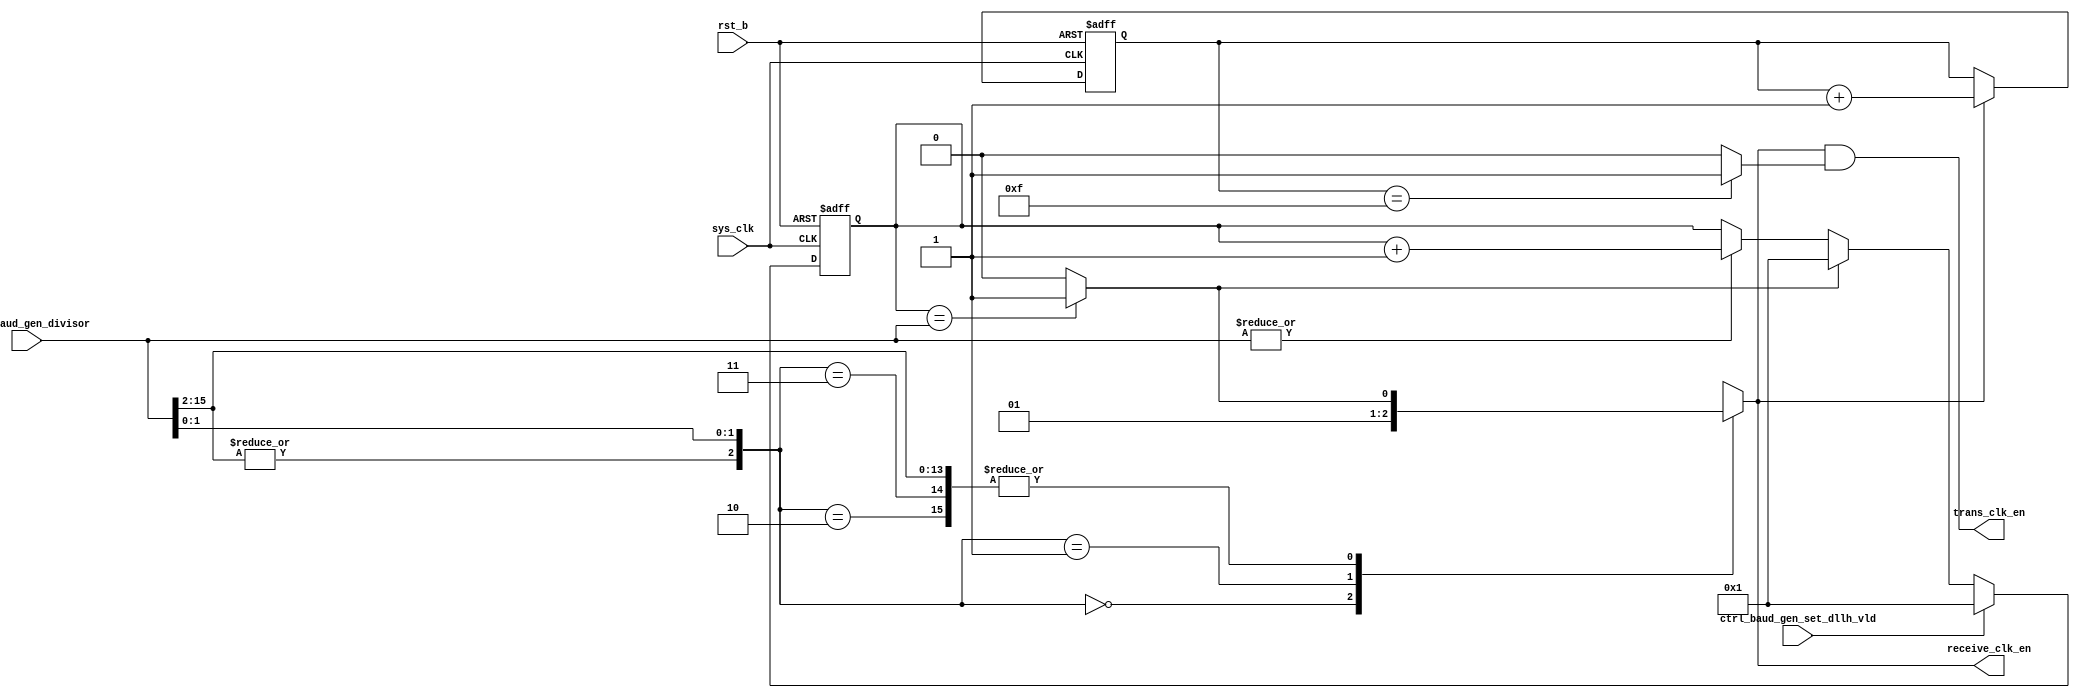
/*Copyright 2020-2021 T-Head Semiconductor Co., Ltd.

Licensed under the Apache License, Version 2.0 (the "License");
you may not use this file except in compliance with the License.
You may obtain a copy of the License at

    http://www.apache.org/licenses/LICENSE-2.0

Unless required by applicable law or agreed to in writing, software
distributed under the License is distributed on an "AS IS" BASIS,
WITHOUT WARRANTIES OR CONDITIONS OF ANY KIND, either express or implied.
See the License for the specific language governing permissions and
limitations under the License.
*/























module uart_baud_gen(
  ctrl_baud_gen_divisor,
  ctrl_baud_gen_set_dllh_vld,
  receive_clk_en,
  rst_b,
  sys_clk,
  trans_clk_en
);


input   [15:0]  ctrl_baud_gen_divisor;     
input           ctrl_baud_gen_set_dllh_vld; 
input           rst_b;                     
input           sys_clk;                   
output          receive_clk_en;            
output          trans_clk_en;              


reg     [15:0]  clk_counter;               
reg             receive_clk_en;            
reg     [3 :0]  trans_clk_counter;         


wire            clk_divisor_start_en;      
wire            clk_negedge_en;            
wire    [15:0]  ctrl_baud_gen_divisor;     
wire            ctrl_baud_gen_set_dllh_vld; 
wire            divisor_more_then_3;       
wire            rst_b;                     
wire            sys_clk;                   
wire            trans_clk_en;              
wire            trans_clk_posedge_en;      
























assign clk_divisor_start_en = |ctrl_baud_gen_divisor[15:0];

assign clk_negedge_en  = (clk_counter[15:0] == ctrl_baud_gen_divisor[15:0]) ? 1 : 0 ;
 
always@(posedge sys_clk or negedge rst_b) 
begin 
  if(!rst_b) 
    clk_counter[15:0] <= 16'b1;
  else if(ctrl_baud_gen_set_dllh_vld)
    clk_counter[15:0] <= 16'b1;
  else if(clk_negedge_en)
    clk_counter[15:0] <= 1'b1; 
  else if(clk_divisor_start_en)
    clk_counter[15:0] <= clk_counter[15:0]+1;
  else
    clk_counter[15:0] <= clk_counter[15:0];
end
















assign divisor_more_then_3 = |ctrl_baud_gen_divisor[15:2];


always @( ctrl_baud_gen_divisor[1:0]
       or clk_negedge_en
       or divisor_more_then_3)
begin
casez({divisor_more_then_3,ctrl_baud_gen_divisor[1:0]})
  3'b000: receive_clk_en = 1'b0;
  3'b001: receive_clk_en = 1'b1;
  3'b010: receive_clk_en = clk_negedge_en;
  3'b011,
  3'b1??: receive_clk_en = clk_negedge_en;
  default: receive_clk_en = 1'b0;
endcase

end






always@(posedge sys_clk or negedge rst_b)
begin
  if(!rst_b)
   trans_clk_counter[3:0] <= 4'b0;
  else if(receive_clk_en) 
   trans_clk_counter[3:0] <= trans_clk_counter[3:0] + 1'b1;
  else 
   trans_clk_counter[3:0] <= trans_clk_counter[3:0];
end

assign trans_clk_posedge_en = (trans_clk_counter[3:0] == 4'b1111) ? 1 : 0;

assign trans_clk_en  = receive_clk_en && trans_clk_posedge_en;
















endmodule